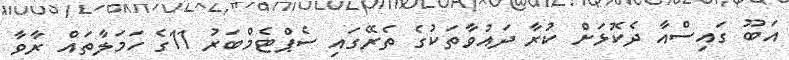
އަބޫ ގައިސްއާ ދެކޮޅަށް ކުރާ ދައުވާތަކުގެ ތެރޭގައި ސެޕްޓެމްބަރު 11ގެ ހަމަލާތައް ރާވާ